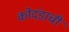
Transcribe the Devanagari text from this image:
कोदंडाची